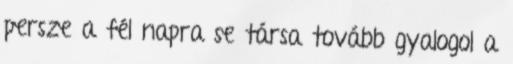
persze a fél napra se társa tovább gyalogol a